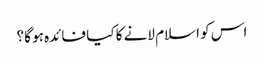
اس کو اسلام لانے کا کیا فائدہ ہو گا؟